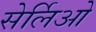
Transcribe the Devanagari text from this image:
सेर्लिओ